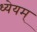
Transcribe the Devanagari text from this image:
ध्येयम्‌